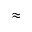
\approx